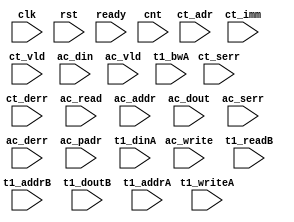
/*
 * Copyright (C) 2011 Memoir Systems Inc. These coded instructions, statements, and computer programs are
 * Confidential Proprietary Information of Memoir Systems Inc. and may not be disclosed to third parties
 * or copied in any form, in whole or in part, without the prior written consent of Memoir Systems Inc.
 * 
 * Generated File by Ipgen. Version: 3.3.4981M Date: Wed 2012.11.21 at 03:05:28 PM IST
 * */

module algo_4cor1a_c40_sva_wrap
#(parameter IP_WIDTH = 64,
parameter   IP_BITWIDTH = 6,
parameter   IP_DECCBITS = 8,
parameter   IP_NUMADDR = 2048,
parameter   IP_BITADDR = 11,
parameter   IP_NUMVBNK = 1,
parameter   IP_BITVBNK = 1,
parameter   IP_BITPBNK = 2, 
parameter   IP_SECCBITS = 8,
parameter   IP_SECCDWIDTH = 2,
parameter   IP_ENAECC = 1,
parameter   IP_ENAPAR = 0,
parameter   FLOPADD = 0,
parameter   FLOPIN = 0,
parameter   FLOPOUT = 0,
parameter   FLOPMEM = 0,
parameter   FLOPECC = 0,
parameter   FLOPCMD = 0,
parameter   T1_WIDTH = 73,
parameter   T1_NUMVBNK = 4,
parameter   T1_BITVBNK = 2,
parameter   T1_DELAY = 1,
parameter   T1_NUMVROW = 2048,
parameter   T1_BITVROW = 11,
parameter   T1_BITWSPF = 0,
parameter   T1_NUMWRDS = 1,
parameter   T1_BITWRDS = 1,
parameter   T1_NUMSROW = 2048,
parameter   T1_BITSROW = 11,
parameter   T1_PHYWDTH = 73)
(clk, rst, ready, cnt,
ct_adr,
ct_imm,
ct_vld,
ct_serr,
ct_derr,
ac_read,
ac_write,
ac_addr,
ac_din,
ac_dout,
ac_vld,
ac_serr,
ac_derr,
ac_padr,
t1_readB,
t1_addrB,
t1_doutB,
t1_writeA,
t1_addrA,
t1_dinA,
t1_bwA);

parameter WIDTH   = IP_WIDTH;
parameter BITWDTH = IP_BITWIDTH;
parameter ENAPAR  = 0;
parameter ENAECC = 1;
parameter ECCWDTH = IP_DECCBITS;
parameter NUMADDR = IP_NUMADDR;
parameter BITADDR = IP_BITADDR;
parameter NUMCTPT = 4;
parameter BITCTPT = 2;
parameter NUMWRDS = T1_NUMWRDS;      // ALIGN Parameters
parameter BITWRDS = T1_BITWRDS;
parameter NUMSROW = T1_NUMSROW;
parameter BITSROW = T1_BITSROW;
parameter MEMWDTH = ENAPAR ? WIDTH+1 : ENAECC ? WIDTH+ECCWDTH : WIDTH;
parameter PHYWDTH = T1_PHYWDTH;
parameter SRAM_DELAY = T1_DELAY;
parameter BITPADR = BITCTPT+BITSROW+BITWRDS+1;

input [NUMCTPT-1:0]                  cnt;
input [NUMCTPT*BITADDR-1:0]          ct_adr;
input [NUMCTPT*WIDTH-1:0]            ct_imm;
input [NUMCTPT-1:0]                 ct_vld;
input [NUMCTPT-1:0]                 ct_serr;
input [NUMCTPT-1:0]                 ct_derr;
input                                ac_read;
input                                ac_write;
input [BITADDR-1:0]                  ac_addr;
input [WIDTH-1:0]                    ac_din;
input                               ac_vld;
input [WIDTH-1:0]                   ac_dout;
input                               ac_serr;
input                               ac_derr;
input [BITPADR-1:0]                 ac_padr;
input                               ready;
input                                clk, rst;

input [NUMCTPT-1:0] t1_writeA;
input [NUMCTPT*BITSROW-1:0] t1_addrA;
input [NUMCTPT*PHYWDTH-1:0] t1_bwA;
input [NUMCTPT*PHYWDTH-1:0] t1_dinA;

input [NUMCTPT-1:0] t1_readB;
input [NUMCTPT*BITSROW-1:0] t1_addrB;
input [NUMCTPT*PHYWDTH-1:0] t1_doutB;

endmodule